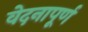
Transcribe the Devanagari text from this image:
वेदनापूर्ण